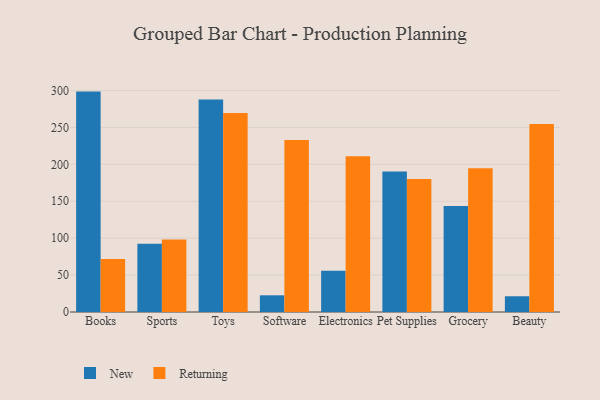
{"axis": {"x": "Category", "y": "Revenue (USD Million)"}, "legend": ["New", "Returning"], "data": [{"x": "Books", "y": 298.5, "type": "New"}, {"x": "Books", "y": 71.7, "type": "Returning"}, {"x": "Sports", "y": 92.5, "type": "New"}, {"x": "Sports", "y": 98.3, "type": "Returning"}, {"x": "Toys", "y": 287.7, "type": "New"}, {"x": "Toys", "y": 269.5, "type": "Returning"}, {"x": "Software", "y": 22.6, "type": "New"}, {"x": "Software", "y": 232.9, "type": "Returning"}, {"x": "Electronics", "y": 55.8, "type": "New"}, {"x": "Electronics", "y": 210.8, "type": "Returning"}, {"x": "Pet Supplies", "y": 190.2, "type": "New"}, {"x": "Pet Supplies", "y": 180.1, "type": "Returning"}, {"x": "Grocery", "y": 143.6, "type": "New"}, {"x": "Grocery", "y": 194.7, "type": "Returning"}, {"x": "Beauty", "y": 21.3, "type": "New"}, {"x": "Beauty", "y": 254.7, "type": "Returning"}]}